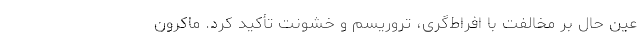
عین حال بر مخالفت با افراط‌گری، تروریسم و خشونت تأکید کرد. ماکرون